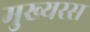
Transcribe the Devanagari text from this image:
मुख्यरस